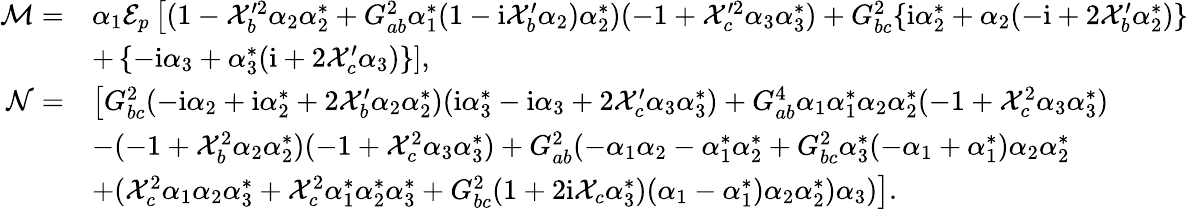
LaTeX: \begin{array}{rl}{\mathcal{M}=}&{\alpha_{1}\mathcal{E}_{p}\left[(1-\mathcal{X}_{b}^{\prime 2}\alpha_{2}\alpha_{2}^{*}+G_{ab}^{2}\alpha_{1}^{*}(1-\mathrm{i}\mathcal{X}_{b}^{\prime}\alpha_{2})\alpha_{2}^{*})(-1+\mathcal{X}_{c}^{\prime 2}\alpha_{3}\alpha_{3}^{*})+G_{bc}^{2}\{ \mathrm{i}\alpha_{2}^{*}+\alpha_{2}(-\mathrm{i}+2\mathcal{X}_{b}^{\prime}\alpha_{2}^{*})\} \right.}\\ &{+\left.\{ -\mathrm{i}\alpha_{3}+\alpha_{3}^{*}(\mathrm{i}+2\mathcal{X}_{c}^{\prime}\alpha_{3})\} \right],}\\ {\mathcal{N}=}&{\left[G_{bc}^{2}(-\mathrm{i}\alpha_{2}+\mathrm{i}\alpha_{2}^{*}+2\mathcal{X}_{b}^{\prime}\alpha_{2}\alpha_{2}^{*})(\mathrm{i}\alpha_{3}^{*}-\mathrm{i}\alpha_{3}+2\mathcal{X}_{c}^{\prime}\alpha_{3}\alpha_{3}^{*})+G_{ab}^{4}\alpha_{1}\alpha_{1}^{*}\alpha_{2}\alpha_{2}^{*}(-1+\mathcal{X}_{c}^{2}\alpha_{3}\alpha_{3}^{*})\right.}\\ &{\left.-(-1+\mathcal{X}_{b}^{2}\alpha_{2}\alpha_{2}^{*})(-1+\mathcal{X}_{c}^{2}\alpha_{3}\alpha_{3}^{*})+G_{ab}^{2}(-\alpha_{1}\alpha_{2}-\alpha_{1}^{*}\alpha_{2}^{*}+G_{bc}^{2}\alpha_{3}^{*}(-\alpha_{1}+\alpha_{1}^{*})\alpha_{2}\alpha_{2}^{*}\right.}\\ &{\left.+(\mathcal{X}_{c}^{2}\alpha_{1}\alpha_{2}\alpha_{3}^{*}+\mathcal{X}_{c}^{2}\alpha_{1}^{*}\alpha_{2}^{*}\alpha_{3}^{*}+G_{bc}^{2}(1+2\mathrm{i}\mathcal{X}_{c}\alpha_{3}^{*})(\alpha_{1}-\alpha_{1}^{*})\alpha_{2}\alpha_{2}^{*})\alpha_{3})\right].}\end{array}